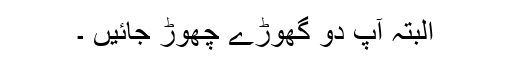
البتہ آپ دو گھوڑے چھوڑ جائیں ۔